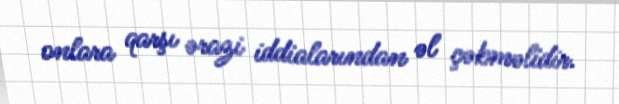
onlara qarşı ərazi iddialarından əl çəkməlidir.